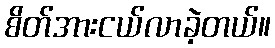
စိတ်အားငယ်လာခဲ့တယ်။